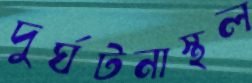
দুর্ঘটনাস্থল